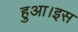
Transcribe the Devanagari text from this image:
हुआ।इस